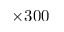
\times 3 0 0